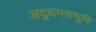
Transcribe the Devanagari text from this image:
अद्र्धमरूभूमि